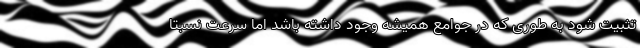
تثبیت شود به طوری که در جوامع همیشه وجود داشته باشد اما سرعت نسبتا